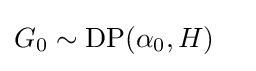
{\begin{aligned}G_{0}&\sim \operatorname {DP} (\alpha _{0},H)\end{aligned}}